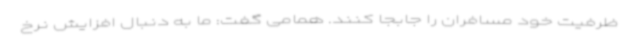
ظرفیت خود مسافران را جابجا کنند. همامی گفت: ما به دنبال افزایش نرخ